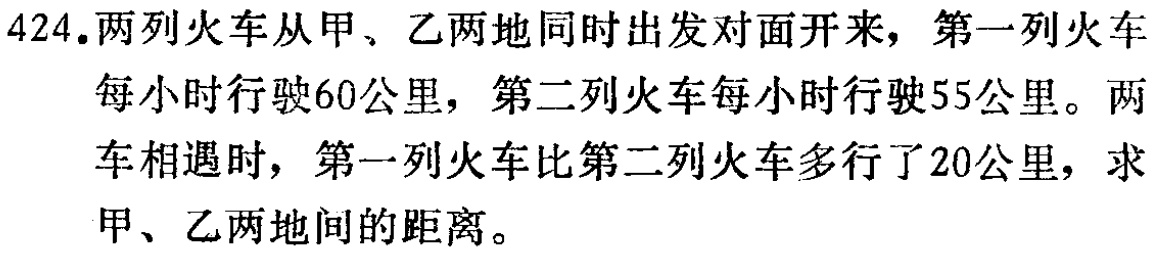
424.两列火车从甲、乙两地同时出发对面开来，第一列火车每小时行驶60公里，第二列火车每小时行驶55公里。两车相遇时，第一列火车比第二列火车多行了20公里，求甲、乙两地间的距离。